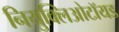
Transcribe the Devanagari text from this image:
नियुक्लिओटॉयड